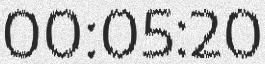
00:05:20